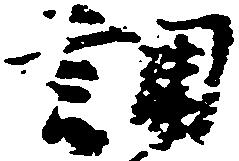
調